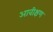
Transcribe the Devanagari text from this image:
आवीक्षण